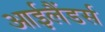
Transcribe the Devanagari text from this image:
आईलैंडर्स